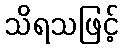
သိရသဖြင့်